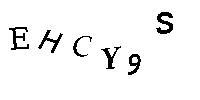
EHCY9S